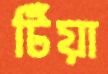
টিঁয়া